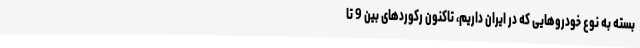
بسته به نوع خودروهایی که در ایران داریم، تاکنون رکوردهای بین 9 تا